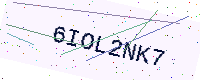
Text: 6IOL2NK7